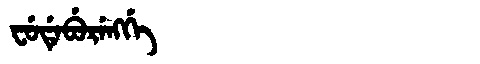
Manchu: ᠸᡠᡩᡝᠪᡠᡵᡝᠩᡤᡝ
Romanization: FUDEBURENGGE